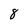
Character: 8